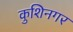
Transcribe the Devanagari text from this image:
कुशिनगर